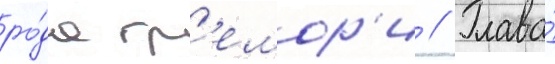
ро́да гр'емор'и // Глава́